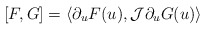
\begin{align*}[F,G] =\langle \partial_u F(u), \mathcal{J} \partial_u G(u)\rangle\end{align*}